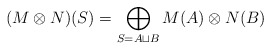
\begin{align*} (M \otimes N)(S) = \bigoplus_{S=A \sqcup B} M(A) \otimes N(B)\end{align*}